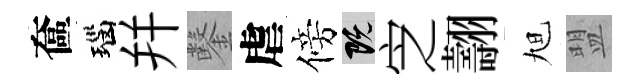
奩瑙幷鑿虐傍既㝎翿旭盟